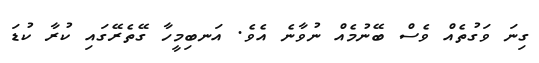
ގިނަ ވަގުތެއް ވެސް ބޭނުމެއް ނުވާނެ އެވެ. އަނބިމީހާ ގޭތެރޭގައި ކުރާ ކުޑަ